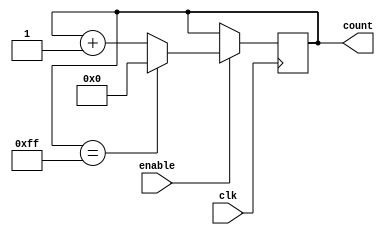
module binary_up_counter(
    input wire clk,
    input wire enable,
    output reg [N-1:0] count
);

parameter N = 8; // predefined counter width

always @(posedge clk) begin
    if (enable) begin
        if (count == (2**N - 1)) begin
            count <= 0;
        end else begin
            count <= count + 1;
        end
    end
end

endmodule